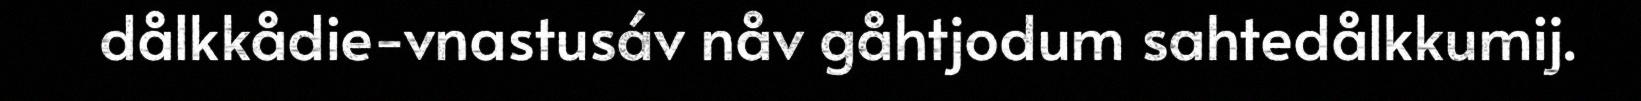
dålkkådie-vnastusáv nåv gåhtjodum sahtedålkkumij.